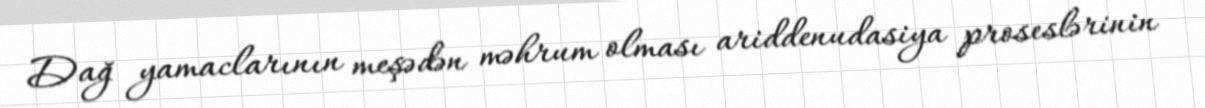
Dağ yamaclarının meşədən məhrum olması ariddenudasiya proseslərinin